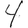
Digit: 4